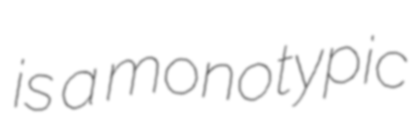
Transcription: is a monotypic